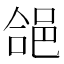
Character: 𮟺